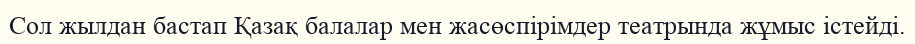
Сол жылдан бастап Қазақ балалар мен жасөспірімдер театрында жұмыс істейді.